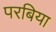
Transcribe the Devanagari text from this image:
परबिया